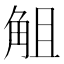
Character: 𧣞